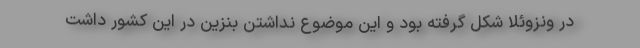
در ونزوئلا شکل گرفته بود و این موضوع نداشتن بنزین در این کشور داشت